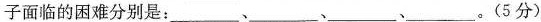
子面临的困难分别是：___、___、___。(5分)